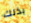
بذلك